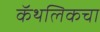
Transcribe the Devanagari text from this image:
कॅथलिकचा